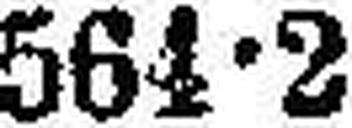
564•2